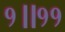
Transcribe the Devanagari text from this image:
१॥११